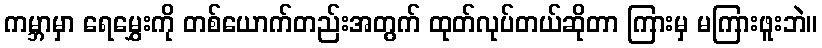
ကမ္ဘာမှာ ရေမွှေးကို တစ်ယောက်တည်းအတွက် ထုတ်လုပ်တယ်ဆိုတာ ကြားမှ မကြားဖူးဘဲ။